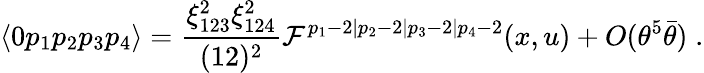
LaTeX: \langle 0p_{1}p_{2}p_{3}p_{4}\rangle={\frac{\xi_{123}^{2}\xi_{124}^{2}}{(12)^{2}}}{\cal F}^{p_{1}-2\vert p_{2}-2\vert p_{3}-2\vert p_{4}-2}(x,u)+O(\theta^{5}\bar{\theta})\; .